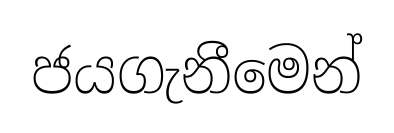
ජයගැනීමෙන්